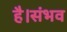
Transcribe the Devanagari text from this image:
है।संभव